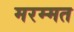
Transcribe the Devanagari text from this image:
मरम्मत